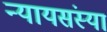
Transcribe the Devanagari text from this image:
न्यायसंस्या